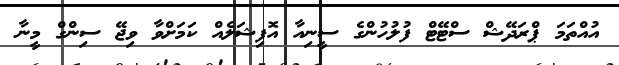
އުއްތަމަ ޕްރަދޭޝް ސްޓޭޓް ފުލުހުންގެ ސީނިއާ އޮފިޝަލެއް ކަަމަށްވާ ވިޖޭ ސިންގް މީނާ